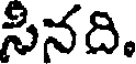
సినది.